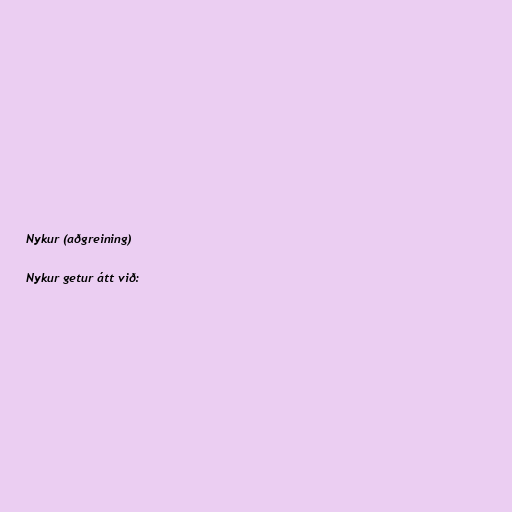
Nykur (aðgreining)

Nykur getur átt við: